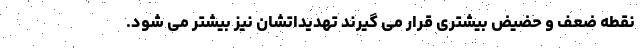
نقطه ضعف و حضیض بیشتری قرار می گیرند تهدیداتشان نیز بیشتر می شود.